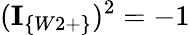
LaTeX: (\textbf{I}_{\{ W2+\} })^{2}=-1